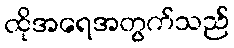
ထိုအရေအတွက်သည်